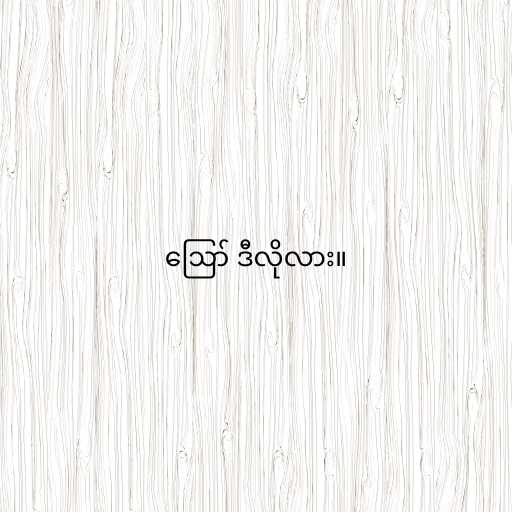
ဪ ဒီလိုလား။